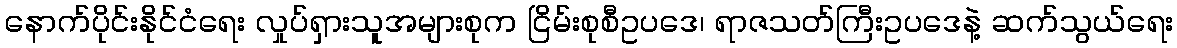
နောက်ပိုင်းနိုင်ငံရေး လှုပ်ရှားသူအများစုက ငြိမ်းစုစီဥပဒေ၊ ရာဇသတ်ကြီးဥပဒေနဲ့ ဆက်သွယ်ရေး